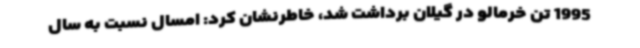
1995 تن خرمالو در گیلان برداشت شد، خاطرنشان کرد: امسال نسبت به سال